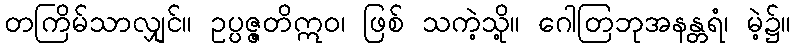
တကြိမ်သာလျှင်။ ဥပ္ပဇ္ဇတိဣဝ၊ ဖြစ် သကဲ့သို့။ ဂေါတြဘုအနန္တရံ၊ မဲ့၌။